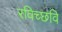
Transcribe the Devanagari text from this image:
रविच्छवि